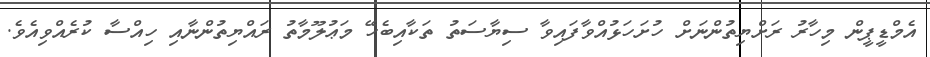
އެމްޑީޕީން މިހާރު ރަށްޔިތުންނަށް ހުށަހަޅުއްވާފައިވާ ސިޔާސަތު ތަކާއިބެހޭ މަޢުލޫމާތު ރައްޔިތުންނާއި ހިއްސާ ކުރެއްވިއެވެ.